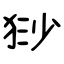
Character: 猀